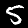
Digit: 5